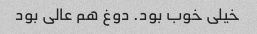
خیلی خوب بود. دوغ هم عالی بود